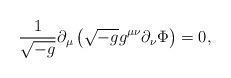
LaTeX: \begin{align*}\frac{1}{\sqrt{-g}}\partial _{\mu }\left( \sqrt{-g}g^{\mu \nu }\partial_{\nu }\Phi \right)=0,\end{align*}